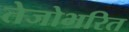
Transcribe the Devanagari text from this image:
तेजोभरित